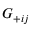
G _ { + i j }